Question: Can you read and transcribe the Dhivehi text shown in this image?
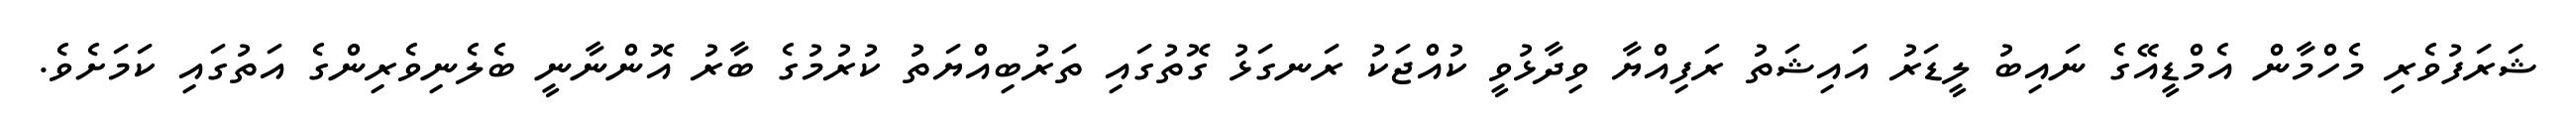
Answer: ޝަރަފުވެރި މެހްމާން އެމްޑީއޭގެ ނައިބު ލީޑަރު އައިޝަތު ރަފިއްޔާ ވިދާޅުވީ ކުއްޖަކު ރަނގަޅު ގޮތުގައި ތަރުބިއްޔަތު ކުރުމުގެ ބާރު އޮންނާނީ ބެލެނިވެރިންގެ އަތުގައި ކަމަށެވެ.